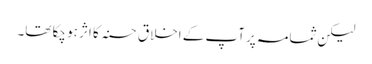
لیکن ثمامہ پر آپ کے اخلاق حسنہ کا اثر ہو چکا تھا۔